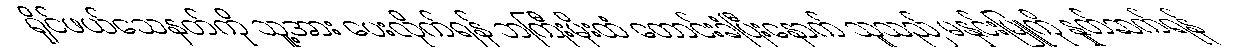
ရိုင်ဖယ်သေနတ်ကို သူ့အား ပေးလိုက်ရန် ဘကြီးမိုးထံ တောင်းခံပြီးနောက် သူသည် မနှင်းမြူကို နှုတ်ဆက်ရန်